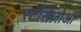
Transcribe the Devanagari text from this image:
स्टॉरोज़ोआ